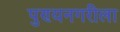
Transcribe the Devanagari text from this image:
पुण्यनगरीला